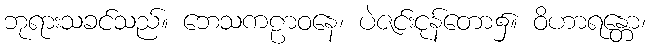
ဘုရားသခင်သည်။ ဘေသကဠာဝနေ၊ ပဲဇင်းငုန်တော၌။ ဝိဟာရန္တော၊